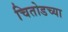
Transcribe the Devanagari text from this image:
चितोडच्या